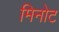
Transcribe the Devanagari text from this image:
मिनोट